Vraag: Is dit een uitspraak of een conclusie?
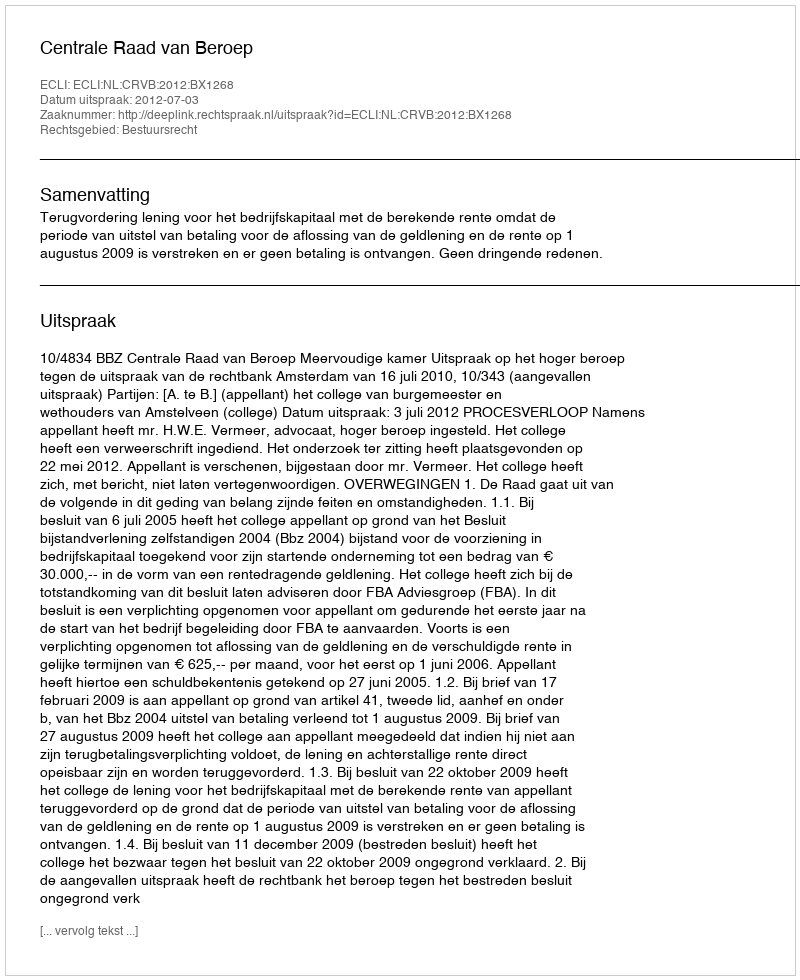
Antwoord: Uitspraak